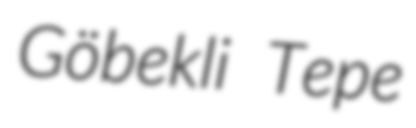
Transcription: Göbekli Tepe